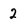
Character: 2